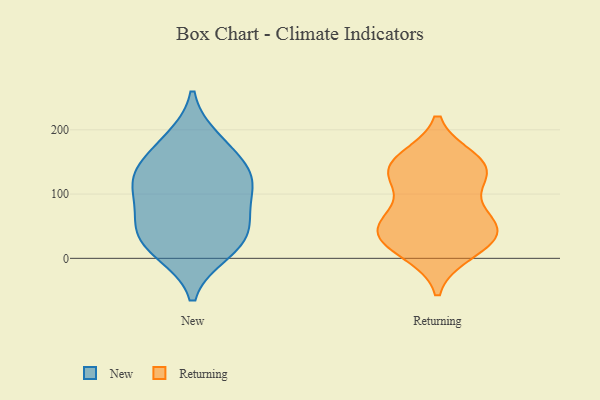
{"axis": {"x": "Churn Rate (%)", "y": "Value"}, "legend": ["New", "Returning"], "data": [{"x": "", "y": 10, "type": "New"}, {"x": "", "y": 130, "type": "New"}, {"x": "", "y": 184, "type": "New"}, {"x": "", "y": 17, "type": "New"}, {"x": "", "y": 122, "type": "New"}, {"x": "", "y": 120, "type": "New"}, {"x": "", "y": 170, "type": "New"}, {"x": "", "y": 78, "type": "New"}, {"x": "", "y": 123, "type": "New"}, {"x": "", "y": 33, "type": "New"}, {"x": "", "y": 64, "type": "New"}, {"x": "", "y": 44, "type": "New"}, {"x": "", "y": 27, "type": "Returning"}, {"x": "", "y": 144, "type": "Returning"}, {"x": "", "y": 40, "type": "Returning"}, {"x": "", "y": 137, "type": "Returning"}, {"x": "", "y": 28, "type": "Returning"}, {"x": "", "y": 65, "type": "Returning"}, {"x": "", "y": 130, "type": "Returning"}, {"x": "", "y": 133, "type": "Returning"}, {"x": "", "y": 152, "type": "Returning"}, {"x": "", "y": 59, "type": "Returning"}, {"x": "", "y": 11, "type": "Returning"}, {"x": "", "y": 52, "type": "Returning"}]}